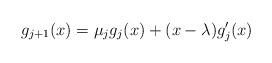
LaTeX: \begin{align*} g_{j+1}(x) = { \mu_j} g_j(x) + (x-\lambda) g'_j(x) \end{align*}